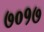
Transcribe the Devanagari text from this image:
७०१७